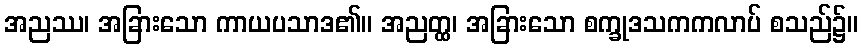
အညဿ၊ အခြားသော ကာယပသာဒ၏။ အညတ္ထ၊ အခြားသော စက္ခုဒသကကလာပ် စသည်၌။